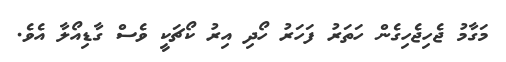
މަގާމު ޖެހިޖެހިގެން ހަތަރު ފަހަރު ހޯދި އިރު ކޯޗަކީ ވެސް ގާޑިއޯލާ އެވެ.